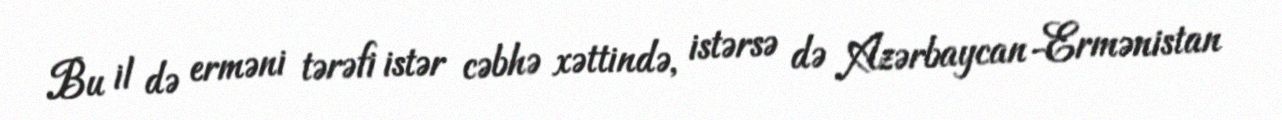
Bu il də erməni tərəfi istər cəbhə xəttində, istərsə də Azərbaycan-Ermənistan